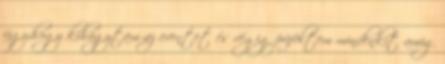
úgy,hogy kihagytam az eventet és végig püföltem mindenkit amig